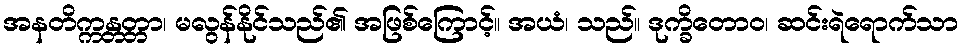
အနတိက္ကန္တတ္တာ၊ မလွန်နိုင်သည်၏ အဖြစ်ကြောင့်။ အယံ၊ သည်။ ဒုက္ခိတောဝ၊ ဆင်းရဲရောက်သာ